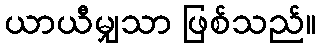
ယာယီမျှသာ ဖြစ်သည်။